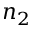
n _ { 2 }